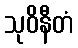
သုဝိနီတံ